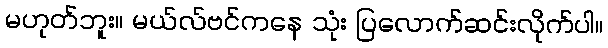
မဟုတ်ဘူး။ မယ်လ်ဗင်ကနေ သုံး ပြလောက်ဆင်းလိုက်ပါ။